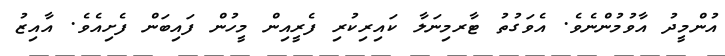
އުންމީދު އާވުމުންނެވެ. އެވަގުތު ޓާރމިނަލާ ކައިރިކުރި ފެރީއިން މީހުން ފައިބަން ފެށިއެވެ. އާއިޒު